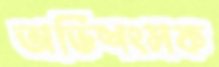
অভিশংসক